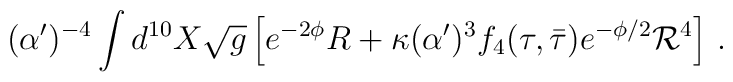
(\alpha')^{-4} \int d^{10}X \sqrt{g} \left[ e^{-2\phi} R +     \kappa (\alpha^\prime)^3 f_4(\tau,\bar\tau)     e^{-\phi/2} {\cal R}^4 \right] \, .